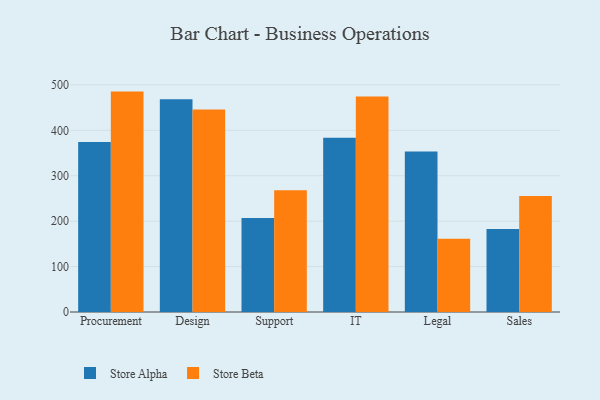
{"axis": {"x": "Department", "y": "Bounce Rate (%)"}, "legend": ["Store Alpha", "Store Beta"], "data": [{"x": "Procurement", "y": 374.5, "type": "Store Alpha"}, {"x": "Procurement", "y": 485.3, "type": "Store Beta"}, {"x": "Design", "y": 468.6, "type": "Store Alpha"}, {"x": "Design", "y": 445.8, "type": "Store Beta"}, {"x": "Support", "y": 206.8, "type": "Store Alpha"}, {"x": "Support", "y": 268.2, "type": "Store Beta"}, {"x": "IT", "y": 383.5, "type": "Store Alpha"}, {"x": "IT", "y": 474.4, "type": "Store Beta"}, {"x": "Legal", "y": 353.4, "type": "Store Alpha"}, {"x": "Legal", "y": 161.5, "type": "Store Beta"}, {"x": "Sales", "y": 182.6, "type": "Store Alpha"}, {"x": "Sales", "y": 255.5, "type": "Store Beta"}]}